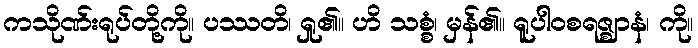
ကသိုဏ်းရုပ်တို့ကို။ ပဿတိ၊ ရှု၏။ ဟိ သစ္စံ၊ မှန်၏။ ရူပါဝစရဇ္ဈာနံ၊ ကို။